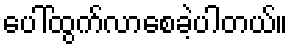
ပေါ်ထွက်လာစေခဲ့ပါတယ်။